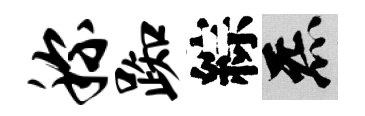
称踟綜炁